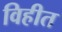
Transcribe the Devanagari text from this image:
विहीत